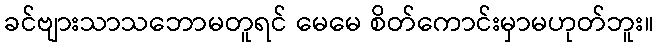
ခင်ဗျားသာသဘောမတူရင် မေမေ စိတ်ကောင်းမှာမဟုတ်ဘူး။